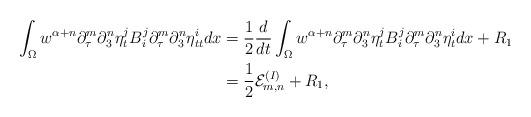
LaTeX: \begin{align*}\int_{\Omega} w^{\alpha+n}\partial_\tau^m\partial_3^n\eta_t^j B^j_i\partial_\tau^m\partial_3^n\eta_{tt}^i dx &= \frac12\frac{d}{dt}\int_{\Omega} w^{\alpha+n}\partial_\tau^m\partial_3^n\eta_t^j B^j_i\partial_\tau^m\partial_3^n\eta_{t}^i dx + R_1\\&=\frac12\mathcal{E}^{(I)}_{m,n}+R_1, \end{align*}